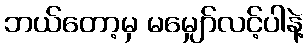
ဘယ်တော့မှ မမျှော်လင့်ပါနဲ့